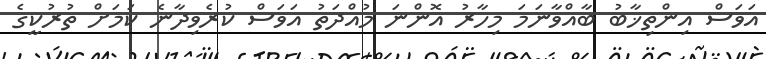
އަވަސް އިންތިޚާބު ބާއްވާނަމަ މިހާރު އޮންނަ މުއްދަތު އަވަސް ކުރެވިދާނެ ކަމަށް ތުރުކީގެ